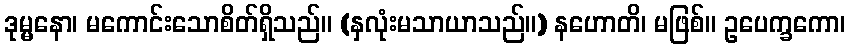
ဒုမ္မနော၊ မကောင်းသောစိတ်ရှိသည်။ (နှလုံးမသာယာသည်။) နဟောတိ၊ မဖြစ်။ ဥပေက္ခကော၊